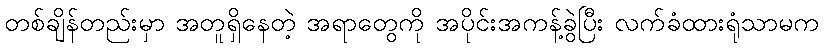
တစ်ချိန်တည်းမှာ အတူရှိနေတဲ့ အရာတွေကို အပိုင်းအကန့်ခွဲပြီး လက်ခံထားရုံသာမက